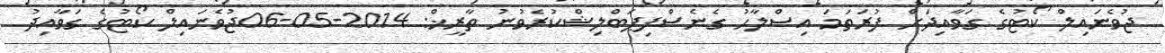
ޖުވެނައިލް ކޯޓުގެ ގަވާއިދަށް ފުރަތަމަ އިޞްލާޙު ގެނެސްފިޕަބްލިޝްކުރެވުނު ތާރީޚް: 2014-05-06ޖުވެނައިލް ކޯޓުގެ ގަވާއިދު